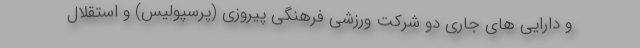
و دارایی های جاری دو شرکت ورزشی فرهنگی پیروزی (پرسپولیس) و استقلال